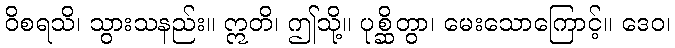
ဝိစရသိ၊ သွားသနည်း။ ဣတိ၊ ဤသို့။ ပုစ္ဆိတွာ၊ မေးသောကြောင့်။ ဒေဝ၊